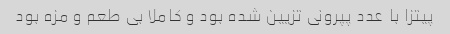
پیتزا با  عدد پپرونی تزیین شده بود و کاملا بی طعم و مزه بود